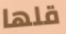
قلها